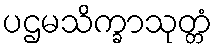
ပဌမသိက္ခာသုတ္တံ